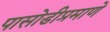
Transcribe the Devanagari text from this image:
पासोडीप्रमाणे